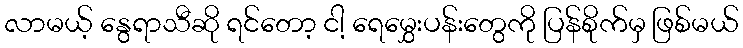
လာမယ့် နွေရာသီဆို ရင်တော့ ငါ့ ရေမွှေးပန်းတွေကို ပြန်စိုက်မှ ဖြစ်မယ်